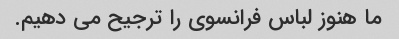
ما هنوز لباس فرانسوی را ترجیح می دهیم.